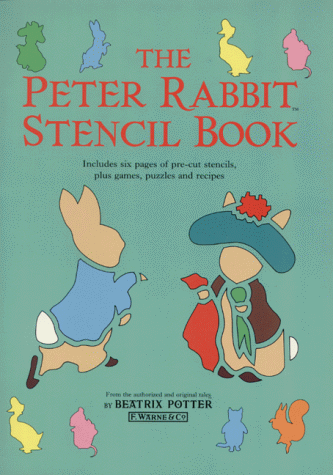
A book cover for The Peter Rabbit Stencil Book (Beatrix Potter Sticker Books); Beatrix Potter; Teen & Young Adult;